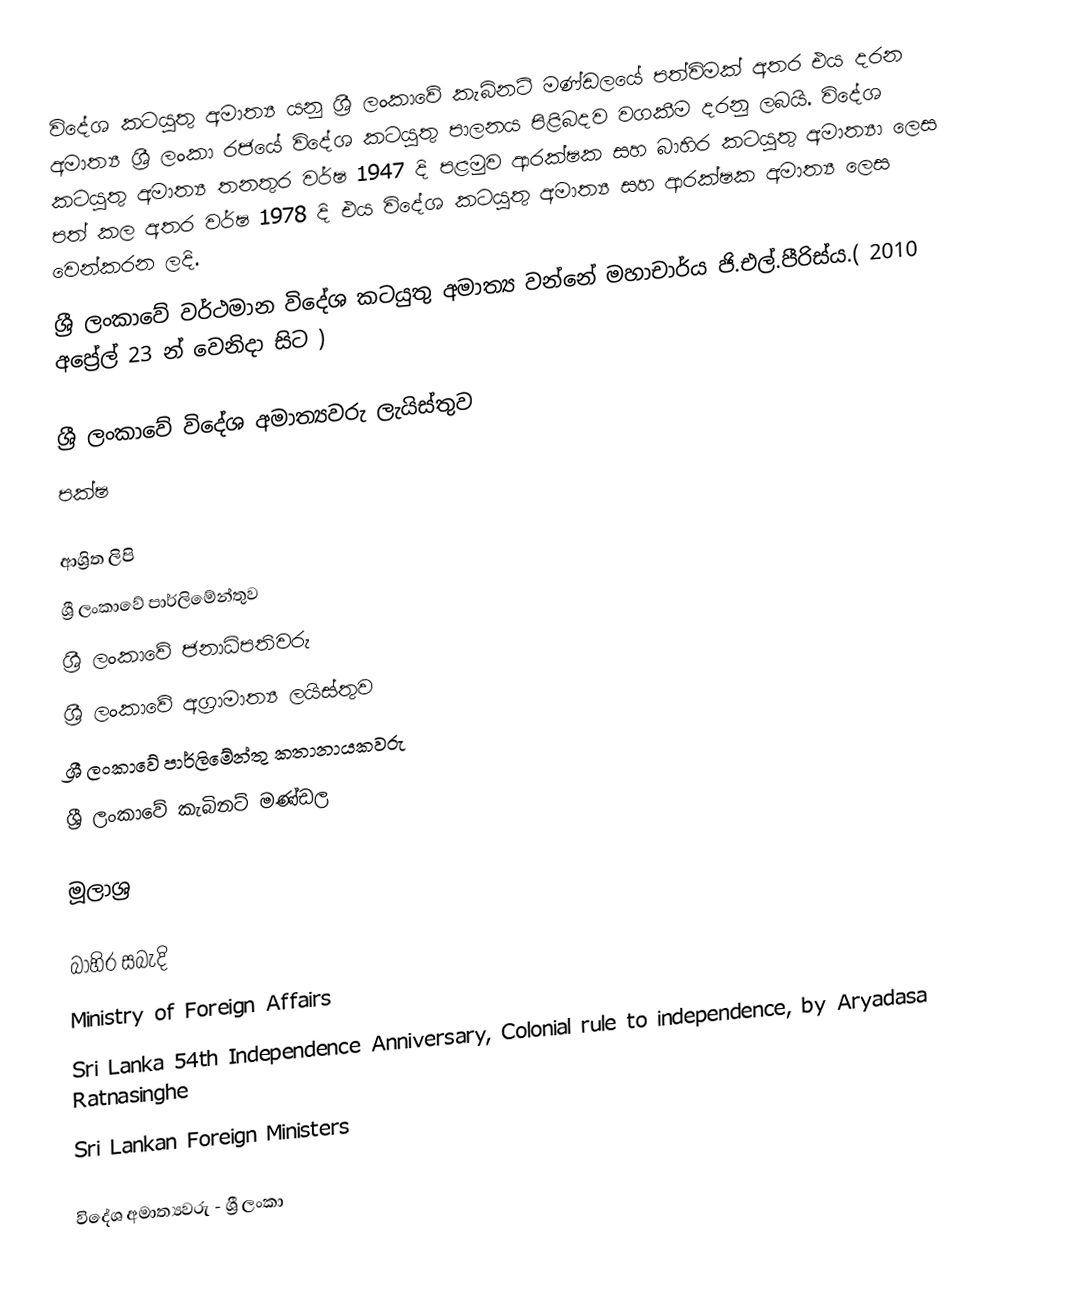
විදේශ කටයුතු අමාත්‍ය යනු ශ්‍රී ලංකාවේ කැබිනට් මණ්ඩලයේ පත්විමක් අතර එය දරන අමාත්‍ය ශ්‍රී ලංකා රජයේ විදේශ කටයුතු පාලනය පිළිබදව වගකීම දරනු ලබයි. විදේශ කටයුතු අමාත්‍ය තනතුර වර්ෂ 1947 දි පළමුව ආරක්ෂක සහ බාහිර කටයුතු අමාත්‍යා ලෙස පත් කල අතර වර්ෂ 1978 දි එය විදේශ කටයුතු අමාත්‍ය සහ ආරක්ෂක අමාත්‍ය ලෙස වෙන්කරන ලදි.
 ශ්‍රී ලංකාවේ වර්ථමාන විදේශ කටයුතු අමාත්‍ය වන්නේ මහාචාර්ය ජි.එල්.පීරිස්ය.( 2010 අප්‍රේල් 23 න් වෙනිදා සිට )

ශ්‍රී ලංකාවේ විදේශ අමාත්‍යවරු ලැයිස්තුව
 පක්ෂ

ආශ්‍රිත ලිපි
  ශ්‍රී ලංකාවේ පාර්ලිමේන්තුව
  ශ්‍රී ලංකාවේ ජනාධිපතිවරු
  ශ්‍රී ලංකාවේ අග්‍රාමාත්‍ය ලයිස්තුව
  ශ්‍රී ලංකාවේ පාර්ලිමේන්තු කතානායකවරු
  ශ්‍රී ලංකාවේ කැබිනට් මණ්ඩල

මූලාශ්‍ර

බාහිර සබැදි
Ministry of Foreign Affairs
Sri Lanka 54th Independence Anniversary, Colonial rule to independence, by Aryadasa Ratnasinghe
 Sri Lankan Foreign Ministers

විදේශ අමාත්‍යවරු - ශ්‍රී ලංකා